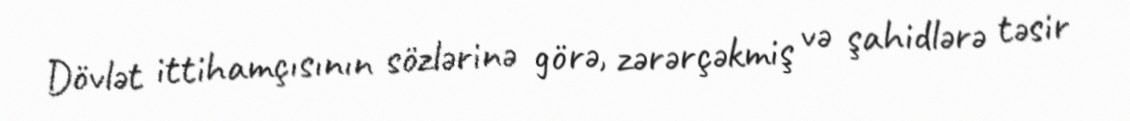
Dövlət ittihamçısının sözlərinə görə, zərərçəkmiş və şahidlərə təsir